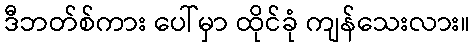
ဒီဘတ်စ်ကား ပေါ်မှာ ထိုင်ခုံ ကျန်သေးလား။